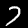
Label: 7